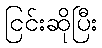
ငြင်းဆိုပြီး